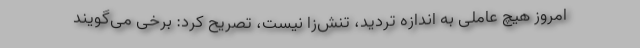
امروز هیچ عاملی به اندازه تردید، تنش‌زا نیست، تصریح کرد: برخی می‌گویند